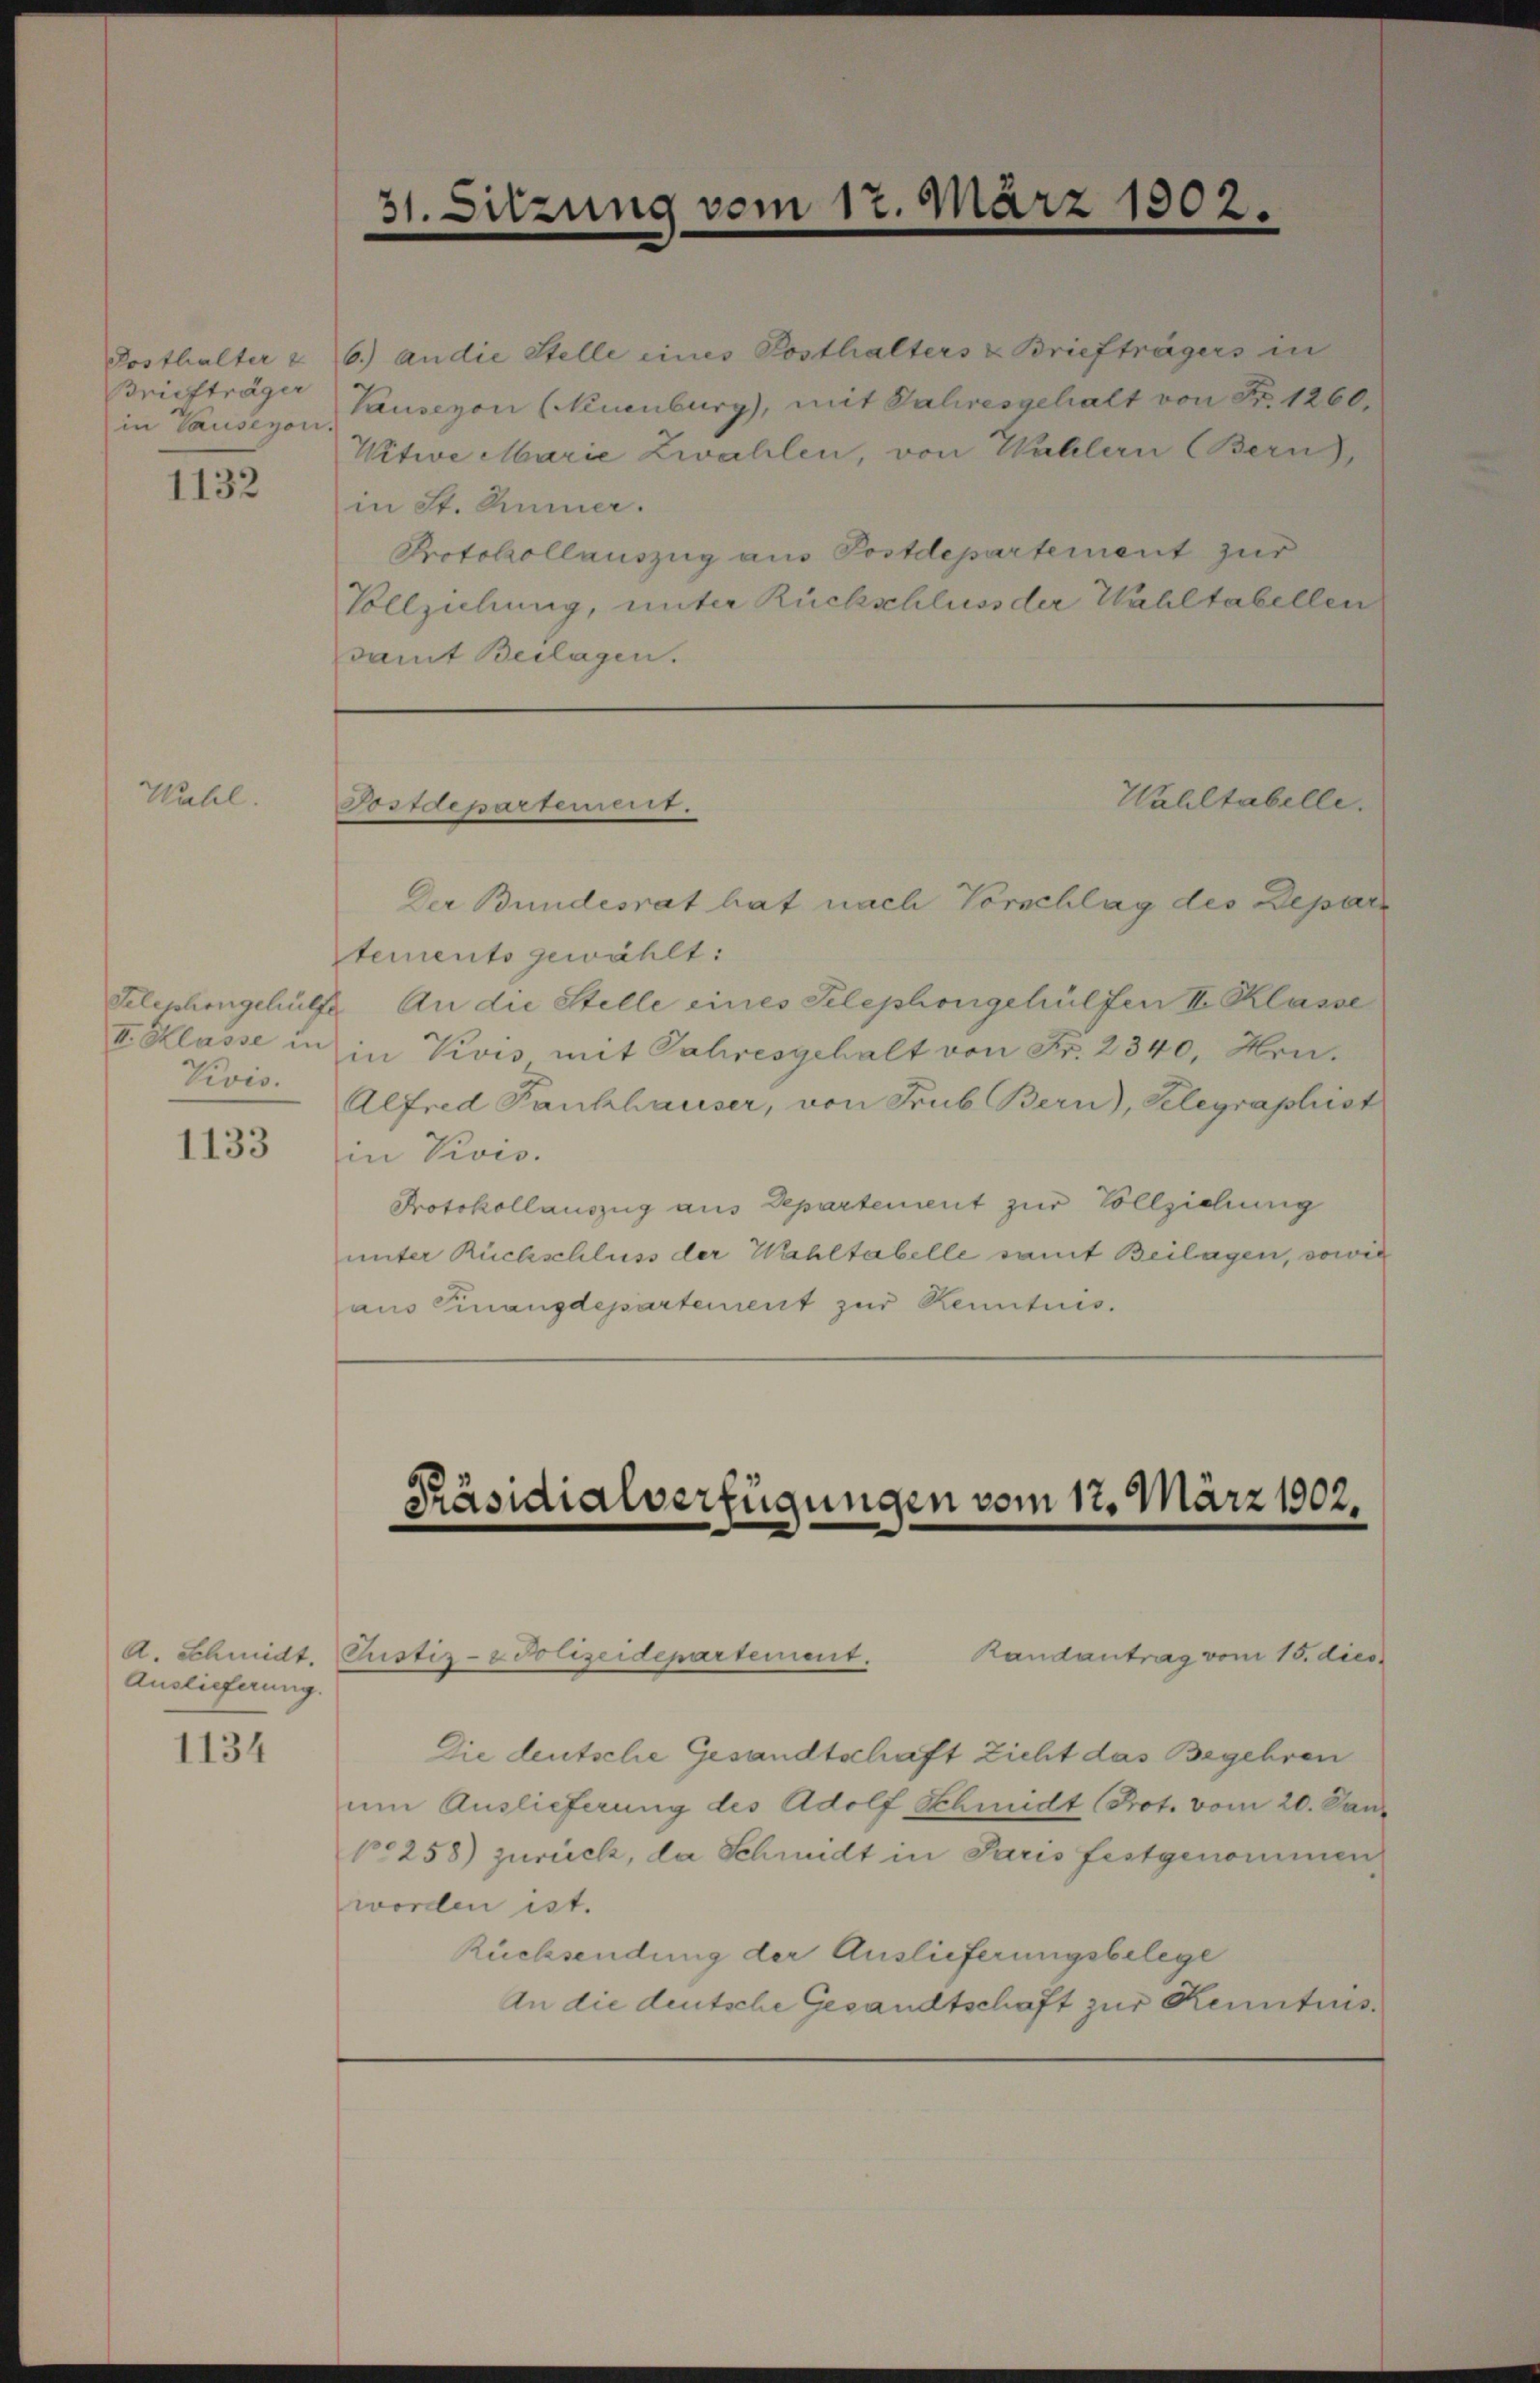
Posthalter
Briefträger
in Pauseyon.

1132

Hall.

II. Klasse in
Vivis.

1133

A. Schmidt.
Auslieferung.

1134

6.) an die Stelle eines Posthalters & Briefträgers in
Pausezon (Neuenburg, mit Jahresgehalt von Fr. 1260.
Witwe Marie Zwahlen, von Wahlern (Bern),
in St. Kumer.
Protokollauszug aus Postdepartement zur
Vollziehung, unter Rückschluss der Wahltabellen
damit Beilagen.

31. Sitzung vom 17. März 1902.

Wahltabelle.
Tostdepartement.

Der Bundesrat hat nach Vorschlag des Depar
stements gewählt:
Telephongehülfe. An die Stelle eines Telephongehülfen II Klasse
in Kois mit Jahresgehalt von Fr. 2340, Hrn.
Alfred Fankhauser, von Trub Bern), Gelegraphist
in Kois.
Protokollauszug aus Departement zur Vollziehung
unter Rückschluss der Wahltabelle samt Beilagen, sowie
aus Finanzdepartement zur Kenntnis.

Präsidialverfügungen vom 17. März 1902.

Justiz- & Polizeidepartement.
Die deutsche Gesandtschaft zieht das Begehren
um Auslieferung des Adolf Schmidt (Prot. vom 20. Jan.
10258) zurück, da Schmidt in Paris festgenommen,
worden ist.
Rücksendung der Auslieferungsbelege
An die deutsche Gesandtschaft zur Kenntnis¬

Randantrag vom 15. dies